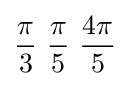
{\pi  \over 3}\ {\pi  \over 5}\ {4\pi  \over 5}